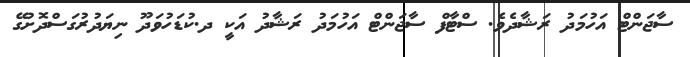
ސާޖަންޓް އަހުމަދު ރަޝާދެވެ. ސްޓާފް ސާޖަންޓް އަހުމަދު ރަޝާދު އަކީ ދ.ކުޑަހުވަދޫ ނިޔަދުރުގަސްދޮށުގޭ